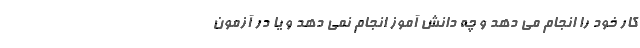
کار خود را انجام می دهد و چه دانش آموز انجام نمی دهد و یا در آزمون